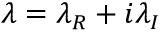
\lambda = \lambda _ { R } + i \lambda _ { I }